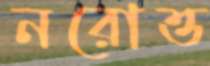
নরোত্ত